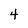
Character: 4